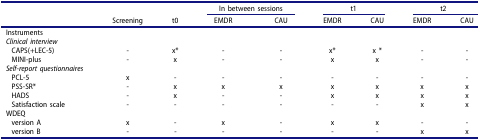
<table><thead><tr><td><b> </b></td><td><b> </b></td><td><b> </b></td><td colspan="2"><b>In between sessions</b></td><td colspan="2"><b>t1</b></td><td colspan="2"><b>t2</b></td></tr><tr><td><b> </b></td><td><b>Screening</b></td><td><b>t0</b></td><td><b>EMDR</b></td><td><b>CAU</b></td><td><b>EMDR</b></td><td><b>CAU</b></td><td><b>EMDR</b></td><td><b>CAU</b></td></tr></thead><tbody><tr><td>Instruments</td><td> </td><td> </td><td> </td><td> </td><td> </td><td> </td><td> </td><td> </td></tr><tr><td><i>Clinical interview</i></td><td> </td><td> </td><td> </td><td> </td><td> </td><td> </td><td> </td><td> </td></tr><tr><td>CAPS(+LEC-5)</td><td>-</td><td>x*</td><td>-</td><td>-</td><td>x*</td><td>x *</td><td>-</td><td>-</td></tr><tr><td>MINI-plus</td><td>-</td><td>x</td><td>-</td><td>-</td><td>x</td><td>x</td><td>-</td><td>-</td></tr><tr><td><i>Self-report questionnaires</i></td><td> </td><td> </td><td> </td><td> </td><td> </td><td> </td><td> </td><td> </td></tr><tr><td>PCL-5</td><td>x</td><td>-</td><td>-</td><td>-</td><td>-</td><td>-</td><td>-</td><td>-</td></tr><tr><td>PSS-SR*</td><td>-</td><td>x</td><td>x</td><td>x</td><td>x</td><td>x</td><td>x</td><td>x</td></tr><tr><td>HADS</td><td>-</td><td>x</td><td>-</td><td>-</td><td>x</td><td>x</td><td>x</td><td>x</td></tr><tr><td>Satisfaction scale</td><td>-</td><td>-</td><td>-</td><td>-</td><td>-</td><td>-</td><td>x</td><td>x</td></tr><tr><td>WDEQ</td><td> </td><td> </td><td> </td><td> </td><td> </td><td> </td><td> </td><td> </td></tr><tr><td>version A</td><td>x</td><td>-</td><td>x</td><td>-</td><td>x</td><td>x</td><td>-</td><td>-</td></tr><tr><td>version B</td><td>-</td><td>-</td><td>-</td><td>-</td><td>-</td><td>-</td><td>x</td><td>x</td></tr></tbody></table>